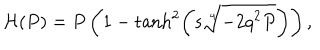
LaTeX: { \cal H } ( P ) = P \left( 1 - \tanh ^ { 2 } \left( s \sqrt [ [object Object] ] ] { - 2 q ^ { 2 } P } \right) \right) ,